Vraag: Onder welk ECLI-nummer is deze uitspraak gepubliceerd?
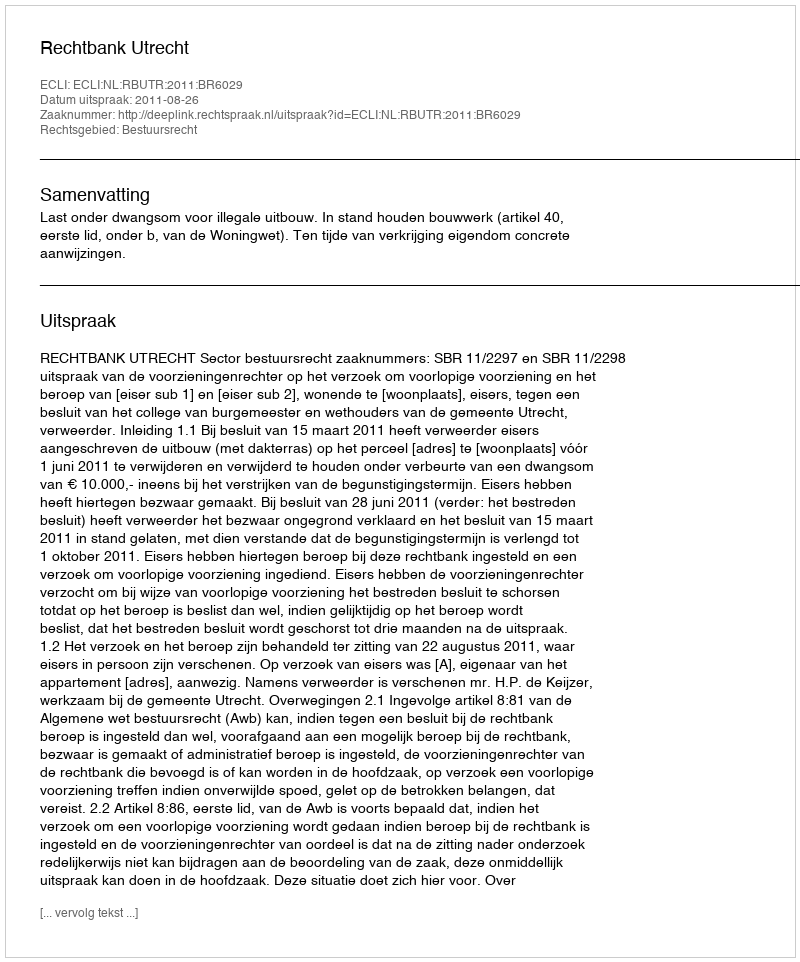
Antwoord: ECLI:NL:RBUTR:2011:BR6029